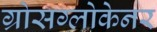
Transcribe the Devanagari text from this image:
ग्रोसग्लोकेनर